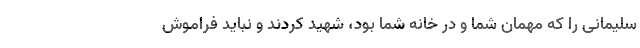
سلیمانی را که مهمان شما و در خانه شما بود، شهید کردند و نباید فراموش